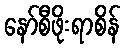
နော်စီဖိုးရာစိန်